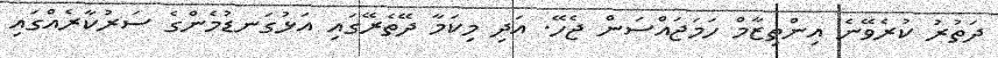
ދަތުރު ކުރެވޭނެ އިންތިޒާމް ހަމަޖައްސަން ޖެހޭ. އަދި މިކަމާ ދޭތެރޭގައި އަޅުގަނޑުމެންގެ ސަރުކާރެއްގައި